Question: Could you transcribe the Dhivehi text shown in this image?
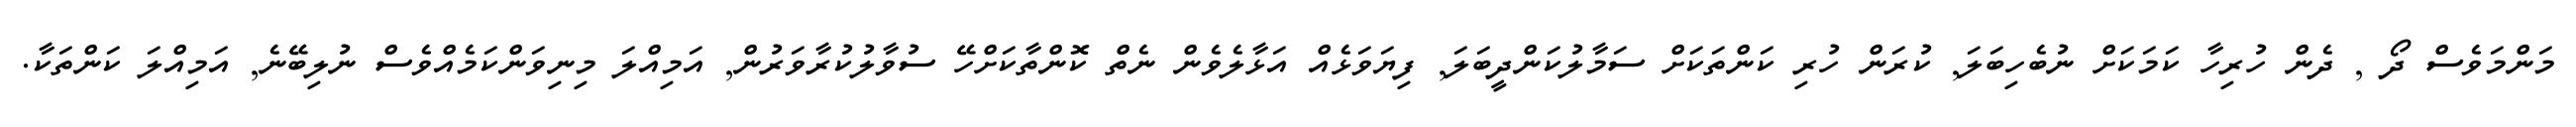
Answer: މަންމަވެސް ދޯ , ދެން ހުރިހާ ކަމަކަށް ނުބެހިބަލަ, ކުރަން ހުރި ކަންތަކަށް ސަމާލުކަންދީބަލަ, ފިޔަވަޅެއް އަޅާލެވެން ނެތް ކޮންތާކަށްހޭ ސުވާލުކުރާވަރުން, އަމިއްލަ މިނިވަންކަމެއްވެސް ނުލިބޭނެ, އަމިއްލަ ކަންތަކާ.